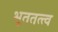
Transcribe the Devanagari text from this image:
भूततत्त्व